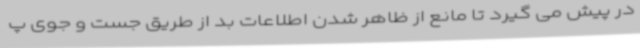
در پیش می گیرد تا مانع از ظاهر شدن اطلاعات بد از طریق جست و جوی پ